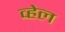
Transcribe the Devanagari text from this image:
व्‍हेल